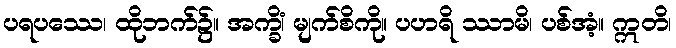
ပရပဿေ၊ ထိုဘက်၌။ အက္ခိံ၊ မျက်စိကို။ ပဟရိ ဿာမိ၊ ပစ်အံ့။ ဣတိ၊